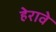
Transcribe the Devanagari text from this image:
हेरावे